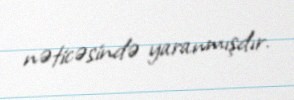
nəticəsində yaranmışdır.